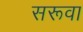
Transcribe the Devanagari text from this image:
सरूवा